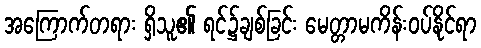
အကြောက်တရား ရှိသူ၏ ရင်၌ချစ်ခြင်း မေတ္တာမကိန်းဝပ်နိုင်ရာ